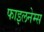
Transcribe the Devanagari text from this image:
फाइलनेम्स